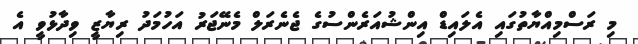
މި ރަސްމިއްޔާތުގައި އެލައިޑް އިންޝުއަރެންސުގެ ޖެނެރަލް މެނޭޖަރު އަހުމަދު ރިޔާޒީ ވިދާޅުވީ އެ